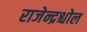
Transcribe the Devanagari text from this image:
राजेन्द्रश्चोल